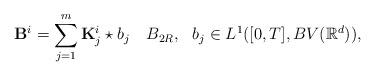
LaTeX: \begin{align*}\mathbf{B}^i=\sum_{j=1}^{m}\mathbf{K}_j^i\star b_j~~~B_{2R}, ~~b_j\in L^1([0,T],BV(\mathbb{R}^d)),\end{align*}